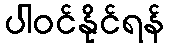
ပါဝင်နိုင်ရန်